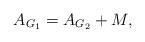
LaTeX: \begin{align*}A_{G_1} = A_{G_2} + M, \end{align*}